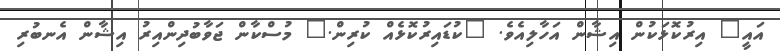
އައީ" އިރުކޮޅަކުން އިޝާން އަހާލިއެވެ. "ކުޑައިރުކޮޅެއް ކުރިން." މުސްކާން ޖަވާބުދިންއިރު އިޝާން އެނބުރި